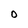
Character: 0